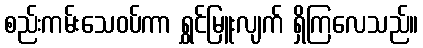
စည်းကမ်းသေဝပ်ကာ ရွှင်မြူးလျက် ရှိကြလေသည်။